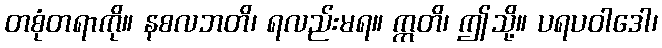
တစုံတရာကို။ နစလဘတိ၊ ရလည်းမရ။ ဣတိ၊ ဤသို့။ ပရပဝါဒေါ၊